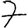
Digit: 7